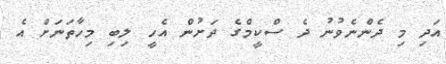
އަދި މި ދެންނެވުނު ދެ ސްކީމްގެ ދަށުން އެހީ ލިބި މިހާތަނަށް އެ